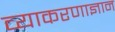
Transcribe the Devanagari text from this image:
व्याकरणाज्ञान